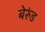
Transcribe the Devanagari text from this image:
बेरुंड